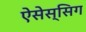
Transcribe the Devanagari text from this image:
ऐसेस्सिग